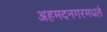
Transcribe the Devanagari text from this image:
अहमदनगरमधले